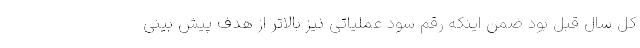
کل سال قبل بود ضمن اینکه رقم سود عملیاتی نیز بالاتر از هدف پیش بینی